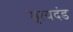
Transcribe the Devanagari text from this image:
मृत्यदंड